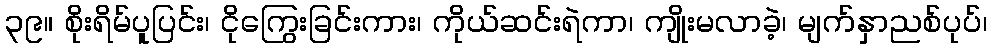
၃၉။ စိုးရိမ်ပူပြင်း၊ ငိုကြွေးခြင်းကား၊ ကိုယ်ဆင်းရဲကာ၊ ကျိုးမလာခဲ့၊ မျက်နှာညစ်ပုပ်၊